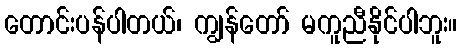
တောင်းပန်ပါတယ်၊ ကျွန်တော် မကူညီနိုင်ပါဘူး။